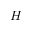
H